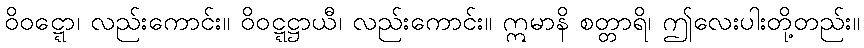
ဝိဝဋ္ဋော၊ လည်းကောင်း။ ဝိဝဋ္ဋဋ္ဌာယီ၊ လည်းကောင်း။ ဣမာနိ စတ္တာရိ၊ ဤလေးပါးတို့တည်း။